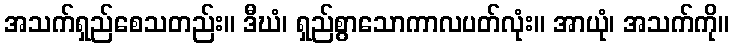
အသက်ရှည်စေသတည်း။ ဒီဃံ၊ ရှည်စွာသောကာလပတ်လုံး။ အာယုံ၊ အသက်ကို။